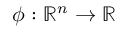
\phi : \mathbb { R } ^ { n } \to \mathbb { R }